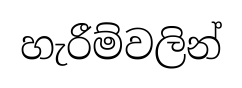
හැරීම්වලින්